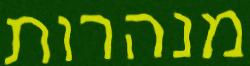
מנהרות